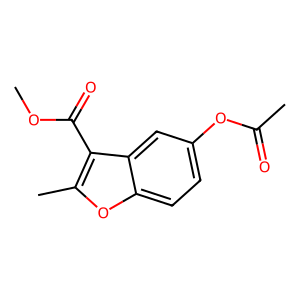
SMILES: COC(=O)c1c(C)oc2ccc(OC(C)=O)cc12
Inhibits HIV replication: No